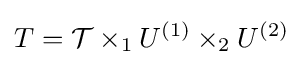
T={\mathcal {T}}\times _{1}U^{(1)}\times _{2}U^{(2)}